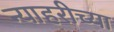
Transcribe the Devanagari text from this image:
न्याहरीच्या